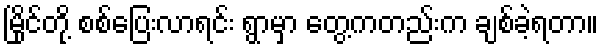
မြိုင်တို့ စစ်ပြေးလာရင်း ရွာမှာ တွေ့ကတည်းက ချစ်ခဲ့ရတာ။